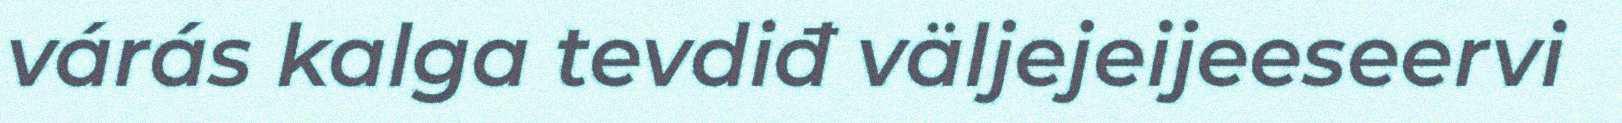
várás kalga tevdiđ väljejeijeeseervi